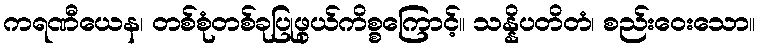
ကရဏီယေန၊ တစ်စုံတစ်ခုပြုဖွယ်ကိစ္စကြောင့်။ သန္နိပတိတံ၊ စည်းဝေးသော။